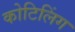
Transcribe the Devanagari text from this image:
कोटिलिंग